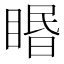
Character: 䁕